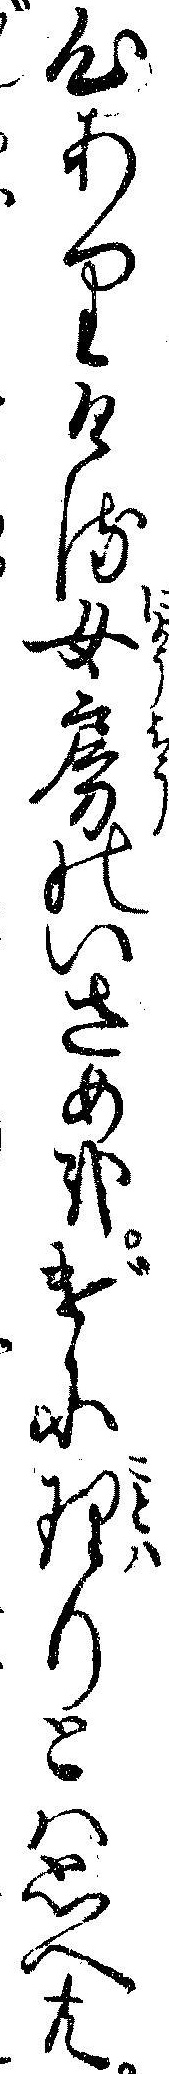
心ありける女房のいさめ哉げに理りとハ思へ共